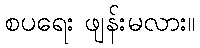
စပရေး ဖျန်းမလား။